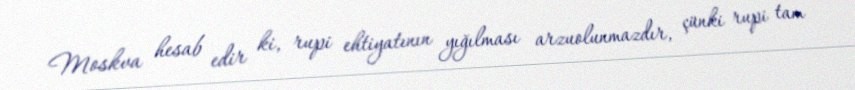
Moskva hesab edir ki, rupi ehtiyatının yığılması arzuolunmazdır, çünki rupi tam